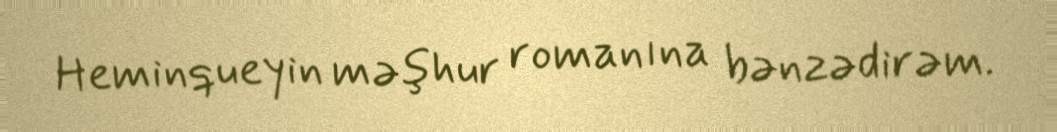
Heminqueyin məşhur romanına bənzədirəm.